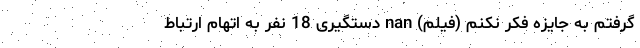
گرفتم به جایزه فکر نکنم (فیلم) nan دستگیری 18 نفر به اتهام ارتباط